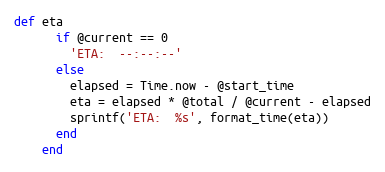
Language: Ruby
def eta
      if @current == 0
        'ETA:  --:--:--'
      else
        elapsed = Time.now - @start_time
        eta = elapsed * @total / @current - elapsed
        sprintf('ETA:  %s', format_time(eta))
      end
    end